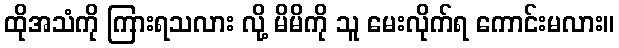
ထိုအသံကို ကြားရသလား လို့ မိမိကို သူ မေးလိုက်ရ ကောင်းမလား။